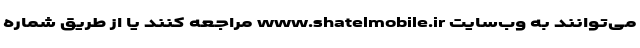
می‌توانند به وب‌سایت www.shatelmobile.ir مراجعه کنند یا از طریق شماره